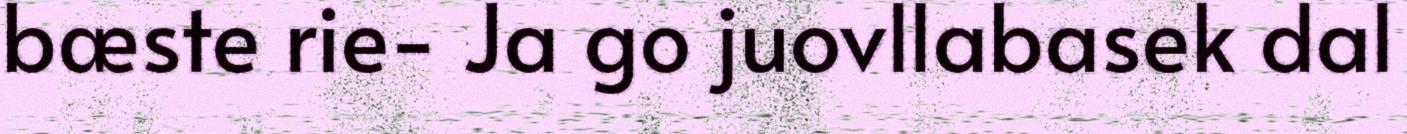
bæste rie- Ja go juovllabasek dal